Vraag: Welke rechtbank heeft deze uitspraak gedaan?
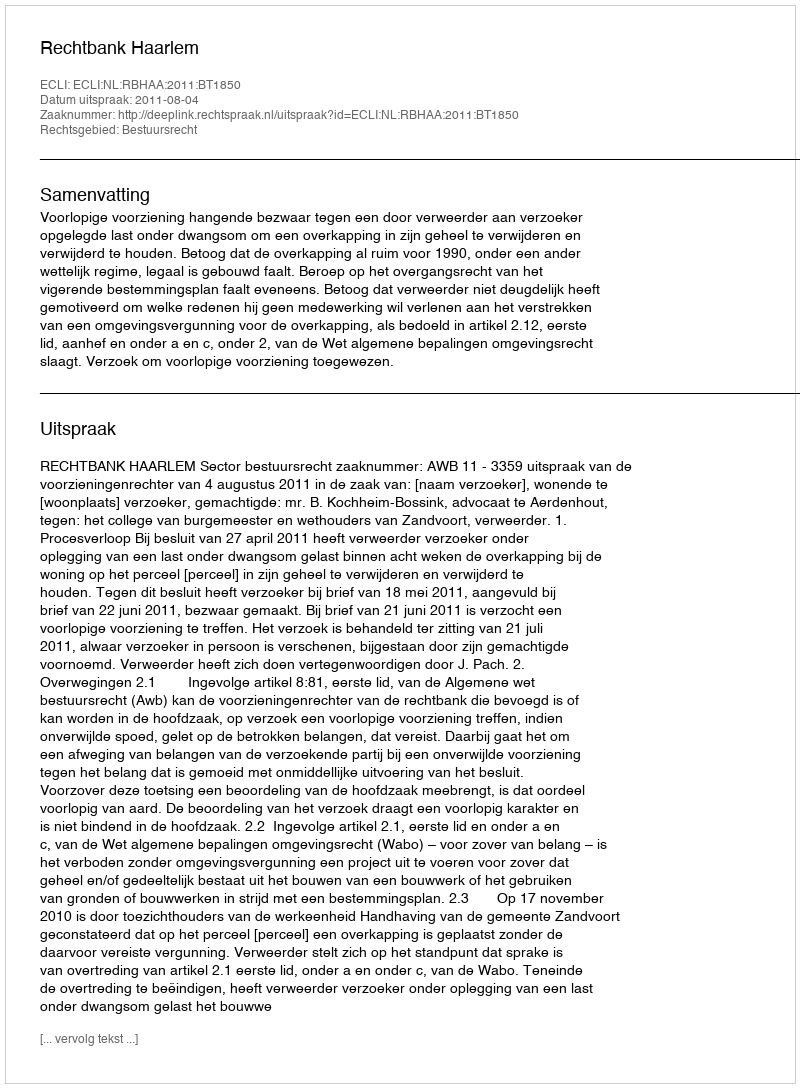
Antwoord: Rechtbank Haarlem